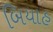
બિયાહ